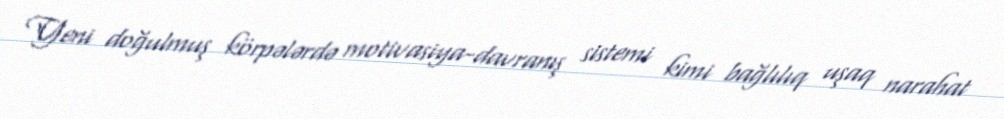
Yeni doğulmuş körpələrdə motivasiya-davranış sistemi kimi bağlılıq uşaq narahat